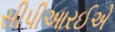
સીપીઆરઈએ